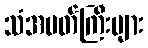
သံအမတ်ကြီးများ